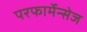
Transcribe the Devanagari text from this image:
परफार्मेन्सेज